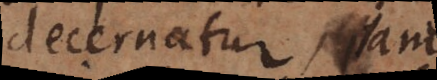
decernatur, jam